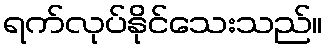
ရက်လုပ်နိုင်သေးသည်။